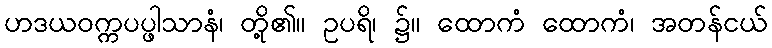
ဟဒယဝက္ကပပ္ဖါသာနံ၊ တို့၏။ ဥပရိ၊ ၌။ ထောကံ ထောကံ၊ အတန်ငယ်